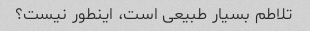
تلاطم بسیار طبیعی است، اینطور نیست؟